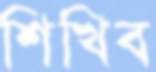
শিখিব